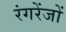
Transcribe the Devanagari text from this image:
रंगरेंजों